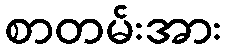
စာတမ်းအား